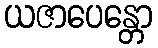
ယဇာပေန္တော